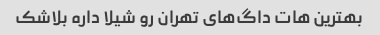
بهترین هات داگ‌های تهران رو شیلا داره بلاشک